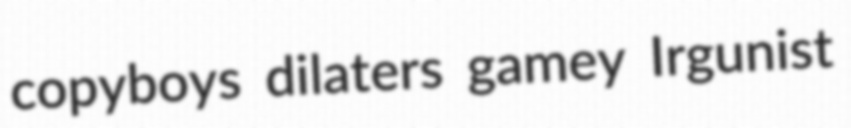
copyboys dilaters gamey Irgunist